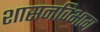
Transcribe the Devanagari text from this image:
शासनविभाग